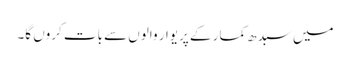
میں سبدھ کمار کے پریوار والوں سے بات کروں گا۔